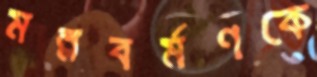
মল্লবর্মণকে